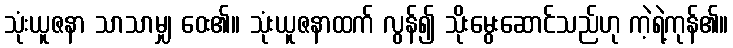
သုံးယူဇနာ သာသာမျှ ဝေး၏။ သုံးယူဇနာထက် လွန်၍ သိုးမွေးဆောင်သည်ဟု ကဲ့ရဲ့ကုန်၏။